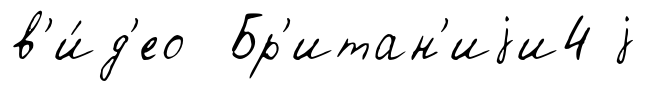
в'и́д'ео Бр'итан'иjи4 j